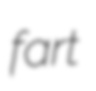
fart